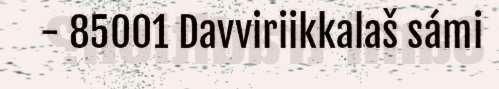
- 85001 Davviriikkalaš sámi